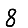
Digit: 8